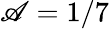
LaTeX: \mathscr{A}=1/7